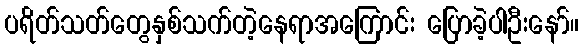
ပရိတ်သတ်တွေနှစ်သက်တဲ့နေရာအကြောင်း ပြောခဲ့ပါဦးနော်။